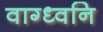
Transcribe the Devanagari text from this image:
वाग्ध्वनि